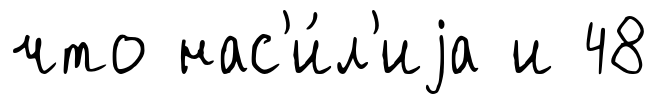
что нас'и́л'иjа и 48